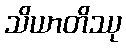
သိယာတိဿု